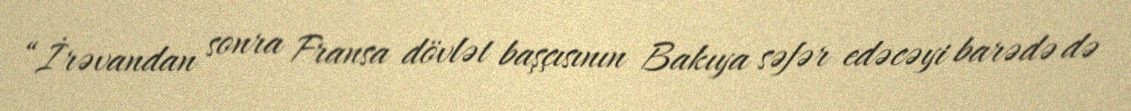
“İrəvandan sonra Fransa dövlət başçısının Bakıya səfər edəcəyi barədə də